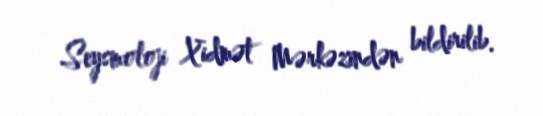
Seysmoloji Xidmət Mərkəzindən bildirilib.